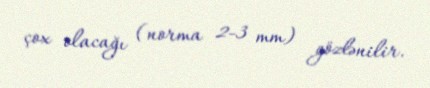
çox olacağı (norma 2-3 mm) gözlənilir.